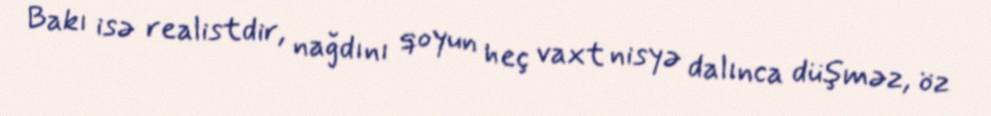
Bakı isə realistdir, nağdını qoyun heç vaxt nisyə dalınca düşməz, öz